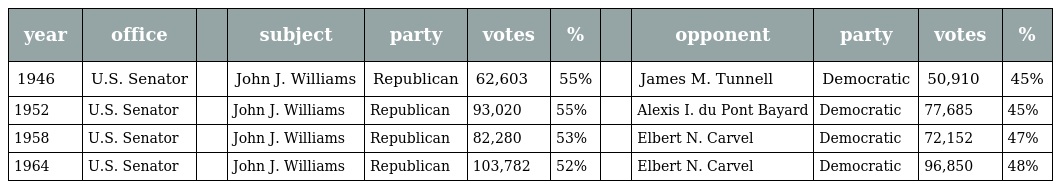
| year | office |  | subject | party | votes | % |  | opponent | party | votes | % |
 | --- | --- | --- | --- | --- | --- | --- | --- | --- | --- | --- | --- |
 | 1946 | U.S. Senator |  | John J. Williams | Republican | 62,603 | 55% |  | James M. Tunnell | Democratic | 50,910 | 45% |
 | 1952 | U.S. Senator |  | John J. Williams | Republican | 93,020 | 55% |  | Alexis I. du Pont Bayard | Democratic | 77,685 | 45% |
 | 1958 | U.S. Senator |  | John J. Williams | Republican | 82,280 | 53% |  | Elbert N. Carvel | Democratic | 72,152 | 47% |
 | 1964 | U.S. Senator |  | John J. Williams | Republican | 103,782 | 52% |  | Elbert N. Carvel | Democratic | 96,850 | 48% |